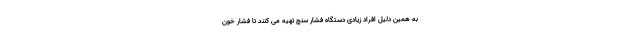
به همین دلیل افراد زیادی دستگاه فشار سنج تهیه می کنند تا فشار خون